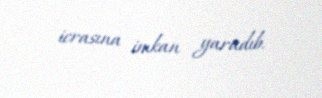
icrasına imkan yaradıb.